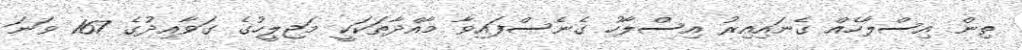
ތިން އިސްލާހެއް ގެނައިއިރު އިސްލާހު ގެނެސްފައިވާ މާއްދާތަކަކީ މަޖިލީހުގެ ގަވާއިދުގެ 167 ވަނަ